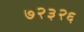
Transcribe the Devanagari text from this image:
७२३२६